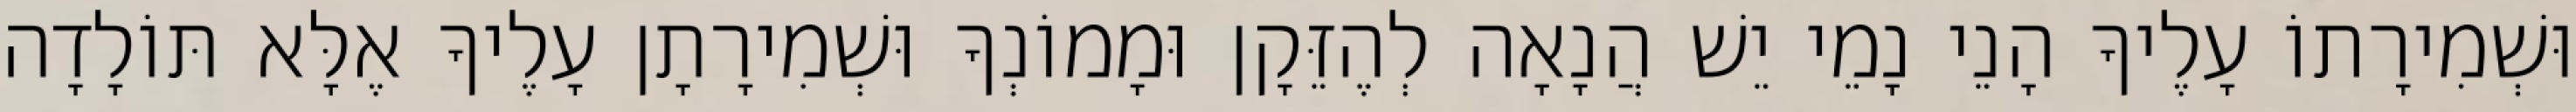
וּשְׁמִירָתוֹ עָלֶיךָ הָנֵי נָמֵי יֵשׁ הֲנָאָה לְהֶזֵּקָן וּמָמוֹנְךָ וּשְׁמִירָתָן עָלֶיךָ אֶלָּא תּוֹלָדָה